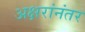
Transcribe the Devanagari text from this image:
अक्षरांनंतर